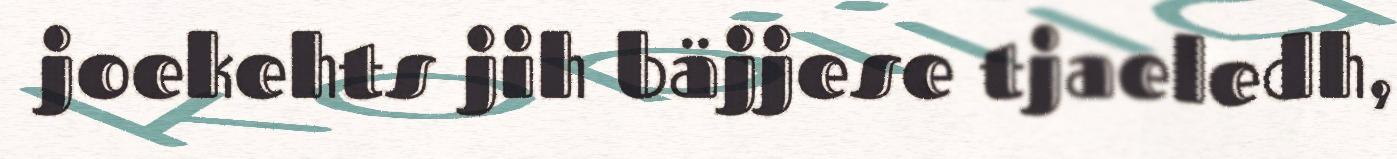
joekehts jih bäjjese tjaeledh,